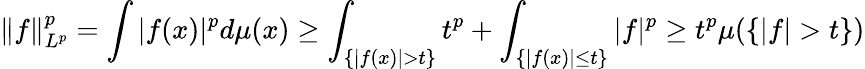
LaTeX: \| f\| _{L^{p}}^{p}=\int|f(x)|^{p}d\mu(x)\geq\int_{\{ |f(x)|>t\} }t^{p}+\int_{\{ |f(x)|\leq t\} }|f|^{p}\geq t^{p}\mu(\{ |f|>t\} )